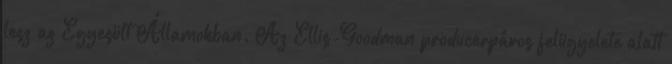
lesz az Egyesült Államokban. Az Ellis-Goodman producerpáros felügyelete alatt